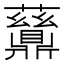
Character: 𬹪